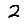
Digit: 2